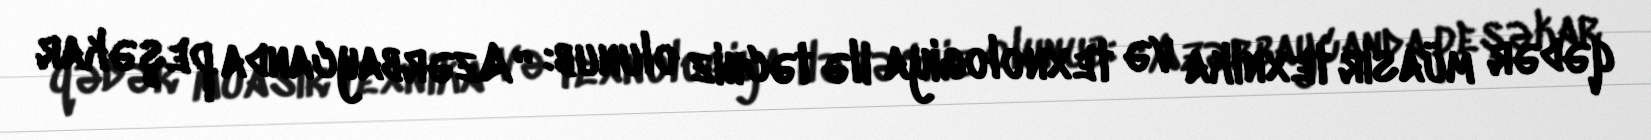
qədər müasir texnika və texnologiya ilə təchiz olunub: “Azərbaycanda peşəkar